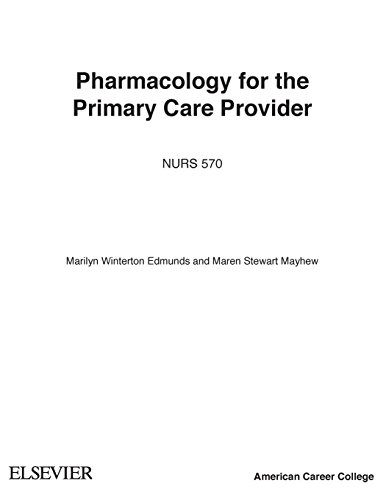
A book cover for Pharmacology for the Primary Care Provider, 4e (Edmunds, Pharmacology for the Primary Care Provider); Marilyn Winterton Edmunds PhD  ANP/GNP; Medical Books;